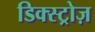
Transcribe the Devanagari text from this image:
डिक्स्ट्रोज़